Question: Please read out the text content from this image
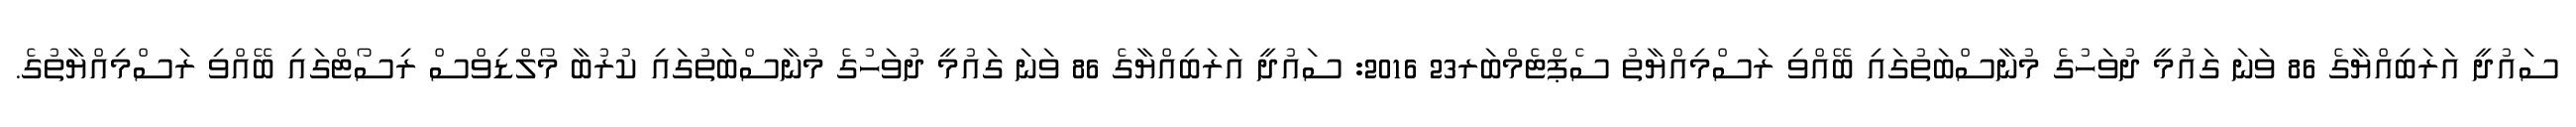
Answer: ސައުދީ އަރަބިއްޔާގެ 86 ވަނަ ގައުމީ ދުވަހުގެ މުނާސްބަތުގައި ބޭއްވި ރަސްމިއްޔާތު ސެޕްޓެމްބަރ23 2016: ސައުދީ އަރަބިއްޔާގެ 86 ވަނަ ގައުމީ ދުވަހުގެ މުނާސްބަތުގައި ކުރުބާ މޯލްޑިވްސް ރިސޯޓްގައި ބޭއްވި ރަސްމިއްޔާތުގެ.